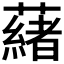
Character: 𬟋